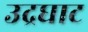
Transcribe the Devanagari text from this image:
उद्रघाट